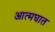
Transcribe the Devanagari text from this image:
आत्‍मघात